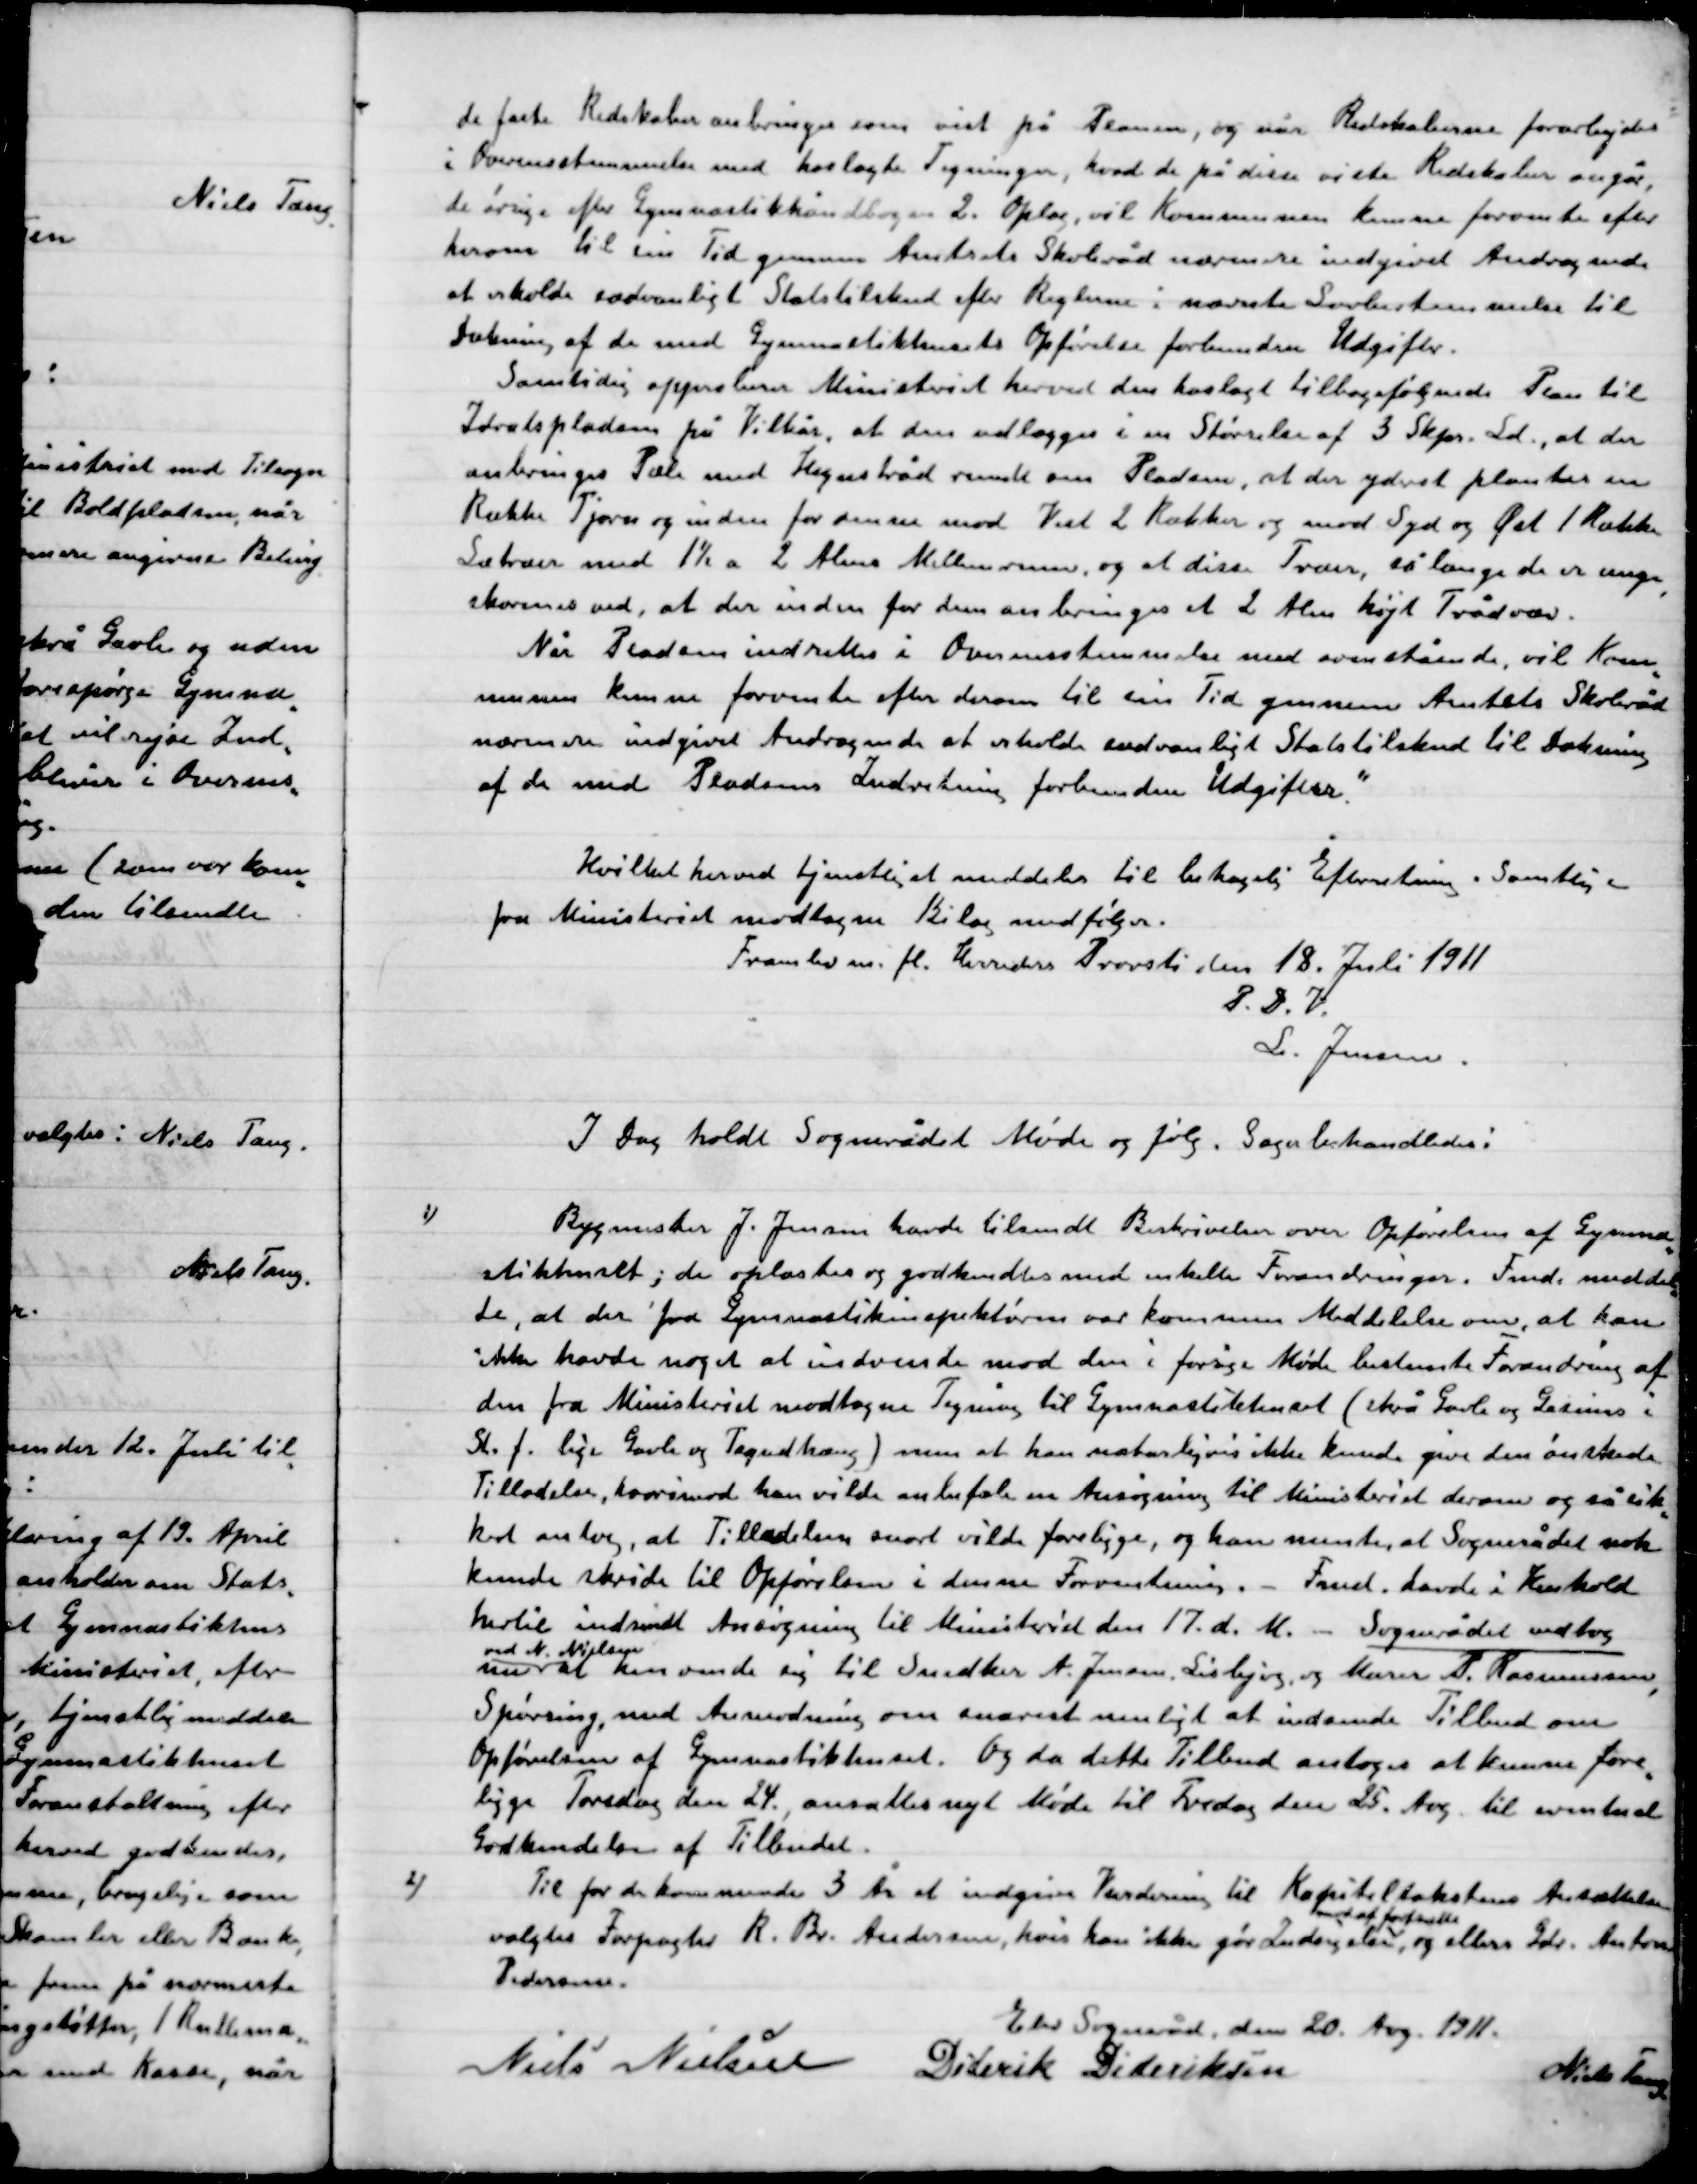
Transskription:
de faste Redskaber anbringes som vist på Planen, og når Redskaberne forarbejdes
I Overensstemmelse med hoslagte Tegninger, hvad de på disse viste Redskaber overgår,
de øvrige efter gymnastikhåndbogen 2. Oplag, vil Kommunen kunne forvente efter
herom til sin Tid gennem Amtets Skoleråd nærmere indgivet Andragende
at erholde sædvanligt Statstilskud efter reglerne i nævnte Lovbestemmelse til
dækning af de med Gymnastikhusets Opførelse forbunden Udgifter.
Samtidig af Ministeriet herved den hoslagte tilbagefølgende Plan til
Idrætspladsen på vilkår, at den udlægges i en Størrelse af 3 Skpr. Ld., at der
anbringes Pæle med Hegnstråd rundt om Pladsen, at der yderst plantes en
Række Tjørn og inden for denne mod Vest 2 Rækker og mod Syd og Øst 1 Række
Læ træer med 1½ a 2 Alen Mellemrum, og at disse Træer så længe de er unge
skærmer ved, at der indenfor dem anbringes et 2 Alen højt Trådvæv.
Når Pladsen indrettes i Overensstemmelse med ovenstående, vil Kom-
munen kunne forvente efter derom til sin Tid gennem Amtets Skoleråd
nærmere indgivne andragende at erholde sædvanligt Statstilskud til dækning
af de med Pladsens Indretning forbundne Udgifter.”
Hvilket herved tjenstlig at meddele til behagelig Efterretning i Samtlige en
fra Ministeriets modtagne Bilag medfølger.
Framlev m.fl. Herrerdes Provsti den 12. Juli 1911.
P.D.V.
L. Jensen

I Dag holdt Sognerådet Møde og følg. Sager behandledes:

1)

Bygmester J. Jensen havde tilsendt beskrivelse over Opførelse af Gymna-
stikhuset; de oplæstes og godkendtes med enkelte Forandringer. Fmd. meddel-
te, at der fra Gymnastikinspektøren var kommen Meddelelse om,  at han
ikke havde noget at indvende mod den i forrige Møde bestemte forandring af
den fra Ministeriets modtagen tegning til Gymnastikhuset (skrå Gavle og Gadnings i
St. f. lige Gavle og Tagudhæng ) men at han naturligvis ikke kunde give den ønskede
Tilladelse, hvorimod han vilde anbefale en Ansøgning til Ministeriet derom og så sik-
kert antog, at Tilladelsen snarest vilde foreligge, og han mente, at Sognerådet nok
kunde skride til Opførelsen i denne Forventning. – Fmd. havde i Henhold
hertil indsendt Ansøgning til Ministeriet den 17. d. M. – Sognerådet vedtog
nu
ved N. Nielsen
at kun vente sig til Snedker A. Jensen, Lisbjerg og Murer P. Rasmussen,
Spørring, med Anmodning om snarest muligt at indsende Tilbud om
Opførelsen af Gymnastikhuset. Og da dette Tilbud antoges at kunne føre
Ligge Torsdag den 24., ansattes nyt Møde til Fredag den 25. Aug. til eventuelt
Godkendelse af Tilbuddet.

2)

Til for de kommende 3 År at indgive Vurdering til Kapitaltaksten ansættelse
Valgtes Forpagter R. Br. Andersen hvis han ikke gør Indsigelse
hvoraf fortsættes
og ellers Gdr. Anton
Pedersen.

Elev Sogneråd, den 20. Aug. 1911.

Niels Nielsen
Diderik Dideriksen
Niels Tang.